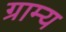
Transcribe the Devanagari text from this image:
ग्राम्‍य